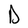
Character: D